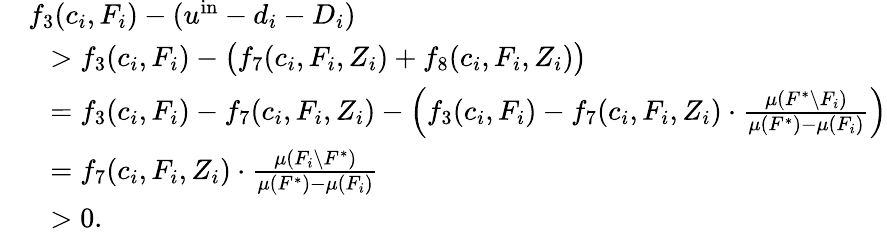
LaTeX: \begin{array}{rl}&{f_{3}(c_{i},F_{i})-(u^{\mathrm{in}}-d_{i}-D_{i})}\\ {}&{~~>f_{3}(c_{i},F_{i})-\big(f_{7}(c_{i},F_{i},Z_{i})+f_{8}(c_{i},F_{i},Z_{i})\big)}\\ {}&{~~=f_{3}(c_{i},F_{i})-f_{7}(c_{i},F_{i},Z_{i})-\left(f_{3}(c_{i},F_{i})-f_{7}(c_{i},F_{i},Z_{i})\cdot\frac{\mu(F^{*}\setminus F_{i})}{\mu(F^{*})-\mu(F_{i})}\right)}\\ {}&{~~=f_{7}(c_{i},F_{i},Z_{i})\cdot\frac{\mu(F_{i}\setminus F^{*})}{\mu(F^{*})-\mu(F_{i})}}\\ {}&{~~>0.}\end{array}